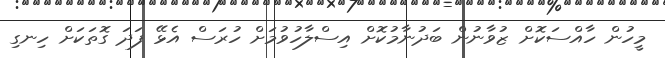
މީހުން ހާއްސަކޮށް ޒުވާނުން ބަދުނާމުކޮށް އިސްލާހުވުމަށް ހުރަސް އެޅޭ ފަދަ ގޮތަކަށް ހިނގި